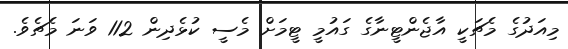
މިއަދުގެ މެޗަކީ އާޖެންޓީނާގެ ގައުމީ ޓީމަށް މެސީ ކުޅެދިން 112 ވަނަ މެޗެވެ.